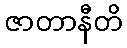
ဇာတာနီတိ